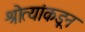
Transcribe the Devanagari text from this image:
श्रोत्यांकडून